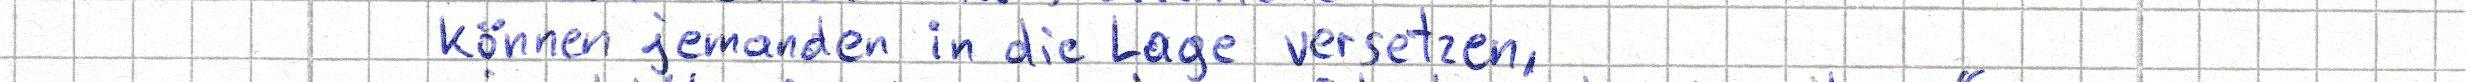
können jemanden in die Lage versetzen,